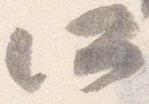
所